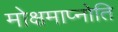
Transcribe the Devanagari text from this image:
मोक्षमाप्नोति